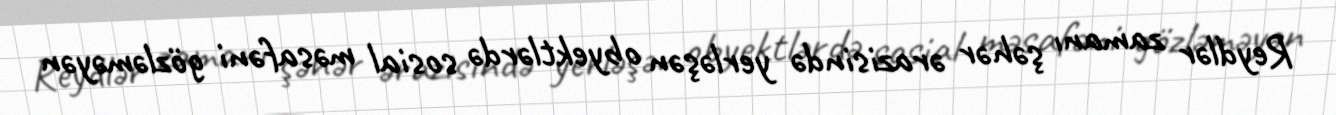
Reydlər zamanı şəhər ərazisində yerləşən obyektlərdə sosial məsafəni gözləməyən